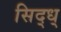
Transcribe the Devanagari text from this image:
सिद्ध्